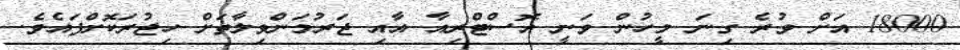
18000 އަށް ވުރެ ގިނަ މީހުން ވަނީ އޮސްޓްރިއާ އާއި ޖަރުމަންވިލާތަށް ހިޖުރަކޮށްފައެވެ.